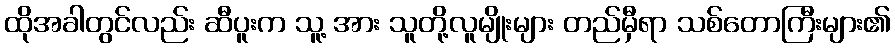
ထိုအခါတွင်လည်း ဆီပူးက သူ့ အား သူတို့လူမျိုးများ တည်မှီရာ သစ်တောကြီးများ၏